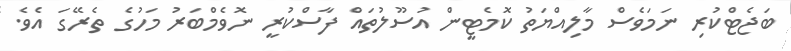
ބަޖެޓްކުރި ނަމަވެސް މާލިއްޔަތު ކޮމެޓީން އުސޫލުތައް ފާސްކުރީ ނޮވެމްބަރު މަހުގެ ތެރޭގަ އެވެ.